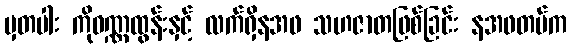
မှတပါး ကိုဝဏ္ဏထွန်းနှင့် လက်ရှိနအဖ သဟဇာတဖြစ်ခြင်း နအဖတပ်က